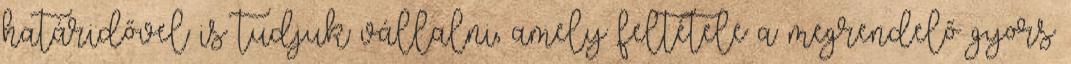
határidővel is tudjuk vállalni, amely feltétele a megrendelő gyors